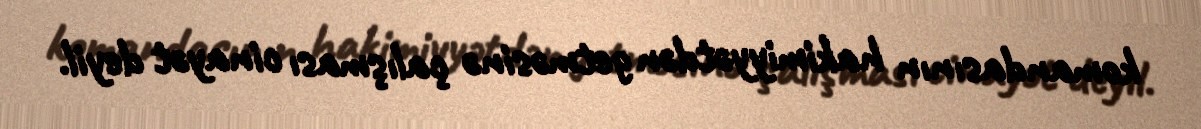
komandasının hakimiyyətdən getməsinə çalışması cinayət deyil.